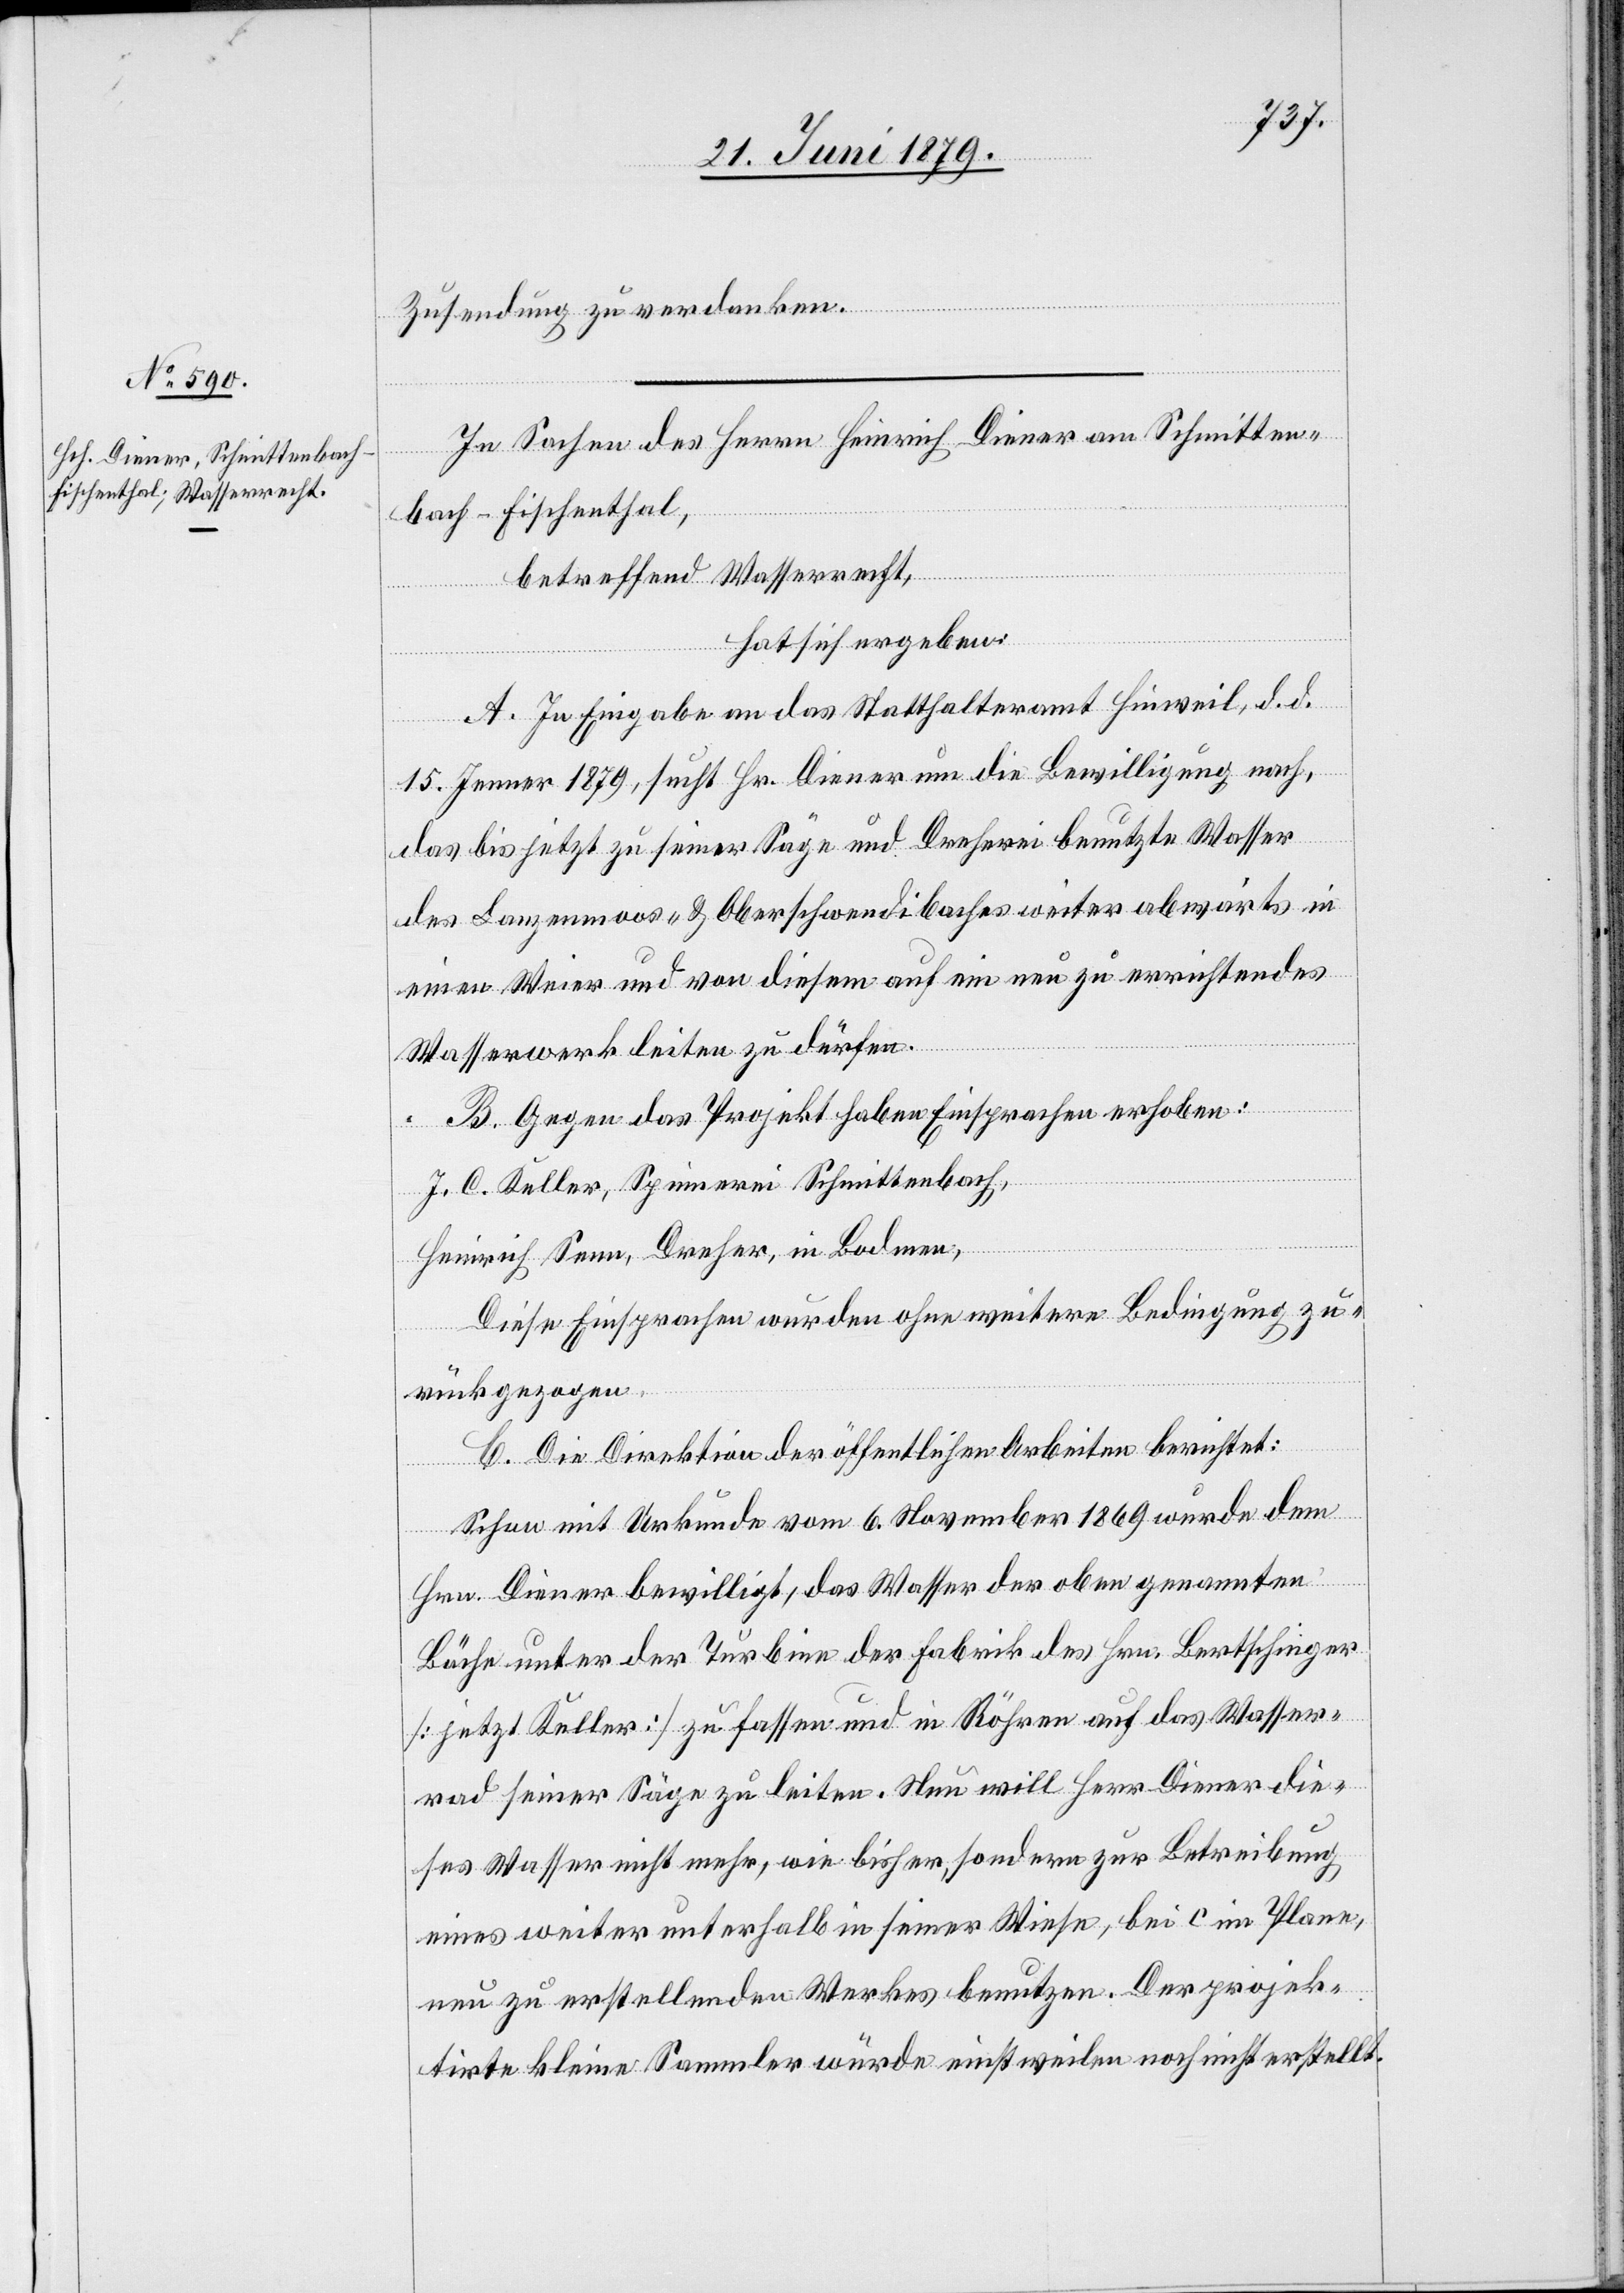
Zusendung zu verdanken.
In Sachen des Herrn Heinrich Diener am Schmitten¬
bach - Fischenthal,
betreffend Wasserrecht,
hat sich ergeben:
A. In Eingabe an das Statthalteramt Hinweil, d. d.
15. Jenner 1879, sucht Hr. Diener um die Bewilligung nach,
das bis jetzt zu seiner Säge und Dreherei benutzte Wasser
des Lanzenmoos- & Oberschwendibaches weiter abwärts in
einen Weier und von diesem auf ein neu zu errichtendes
Wasserwerk leiten zu dürfen.
B. Gegen das Projekt haben Einsprachen erhoben:
J. C. Keller, Spinnerei Schmittenbach,
Heinrich Senn, Dreher, in Bodmen,
Diese Einsprachen wurden ohne weitere Bedingung zu¬
rückgezogen.
C. Die Direktion der öffentlichen Arbeiten berichtet:
Schon mit Urkunde vom 6. November 1869 wurde dem
Hrn. Diener bewilligt, das Wasser der oben genannten
Bäche unter der Turbine der Fabrik des Hrn. Bertschinger
[jetzt Keller] zu fassen und in Röhren auf das Wasser¬
rad seiner Säge zu leiten. Nun will Herr Diener die¬
ses Wasser nicht mehr, wie bisher, sondern zur Betreibung
eines weiter unterhalb in seiner Wiese, bei c im Plane,
neu zu erstellenden Werkes benutzen. Der projek¬
tirte kleine Sammler würde einstweilen noch nicht erstellt.